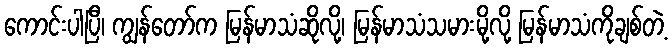
ကောင်းပါပြီ၊ ကျွန်တော်က မြန်မာသံဆိုလို့၊ မြန်မာသံသမားမို့လို့ မြန်မာသံကိုချစ်တဲ့